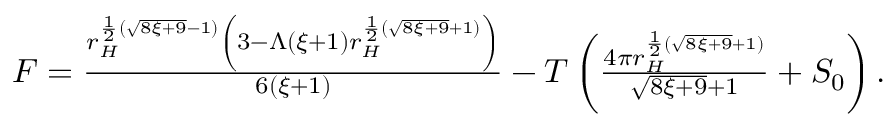
\begin{array} { r } { F = \frac { r _ { H } ^ { \frac { 1 } { 2 } \left( \sqrt { 8 \xi + 9 } - 1 \right) } \left( 3 - \Lambda ( \xi + 1 ) r _ { H } ^ { \frac { 1 } { 2 } \left( \sqrt { 8 \xi + 9 } + 1 \right) } \right) } { 6 ( \xi + 1 ) } - T \left( \frac { 4 \pi r _ { H } ^ { \frac { 1 } { 2 } \left( \sqrt { 8 \xi + 9 } + 1 \right) } } { \sqrt { 8 \xi + 9 } + 1 } + S _ { 0 } \right) . } \end{array}